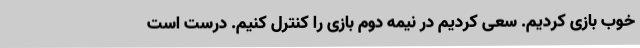
خوب بازی کردیم. سعی کردیم در نیمه دوم بازی را کنترل کنیم. درست است